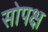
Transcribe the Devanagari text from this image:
सोपक्ष